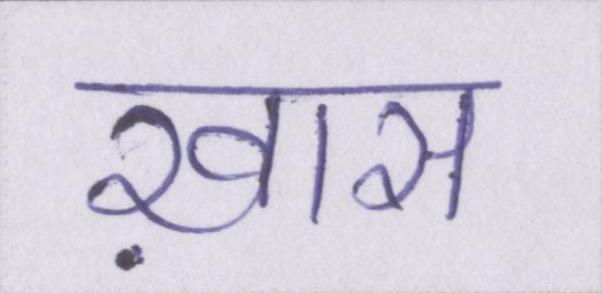
ख़ास